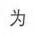
为